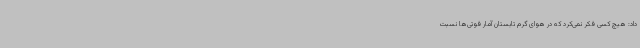
داد: هیچ کسی فکر نمی‌کرد که در هوای گرم تابستان آمار فوتی‌ها نسبت